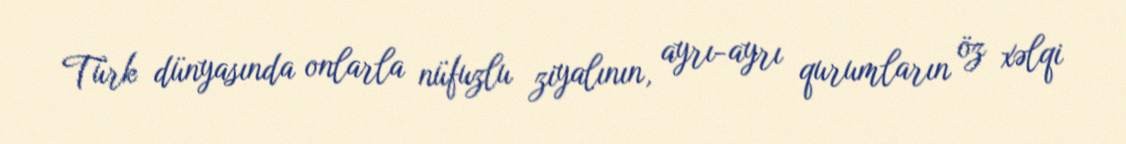
Türk dünyasında onlarla nüfuzlu ziyalının, ayrı-ayrı qurumların öz xəlqi